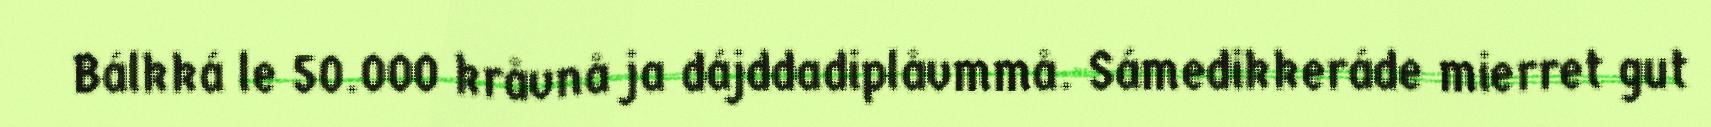
Bálkká le 50.000 kråvnå ja dájddadiplåvmmå. Sámedikkeráde mierret gut